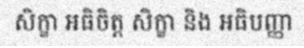
សិក្ខា អធិចិត្ត សិក្ខា និង អធិបញ្ញា